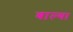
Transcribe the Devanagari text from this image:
बाल्या